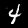
Digit: 4